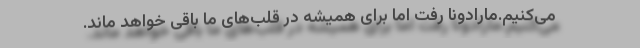
می‌کنیم.مارادونا رفت اما برای همیشه در قلب‌های ما باقی خواهد ماند.